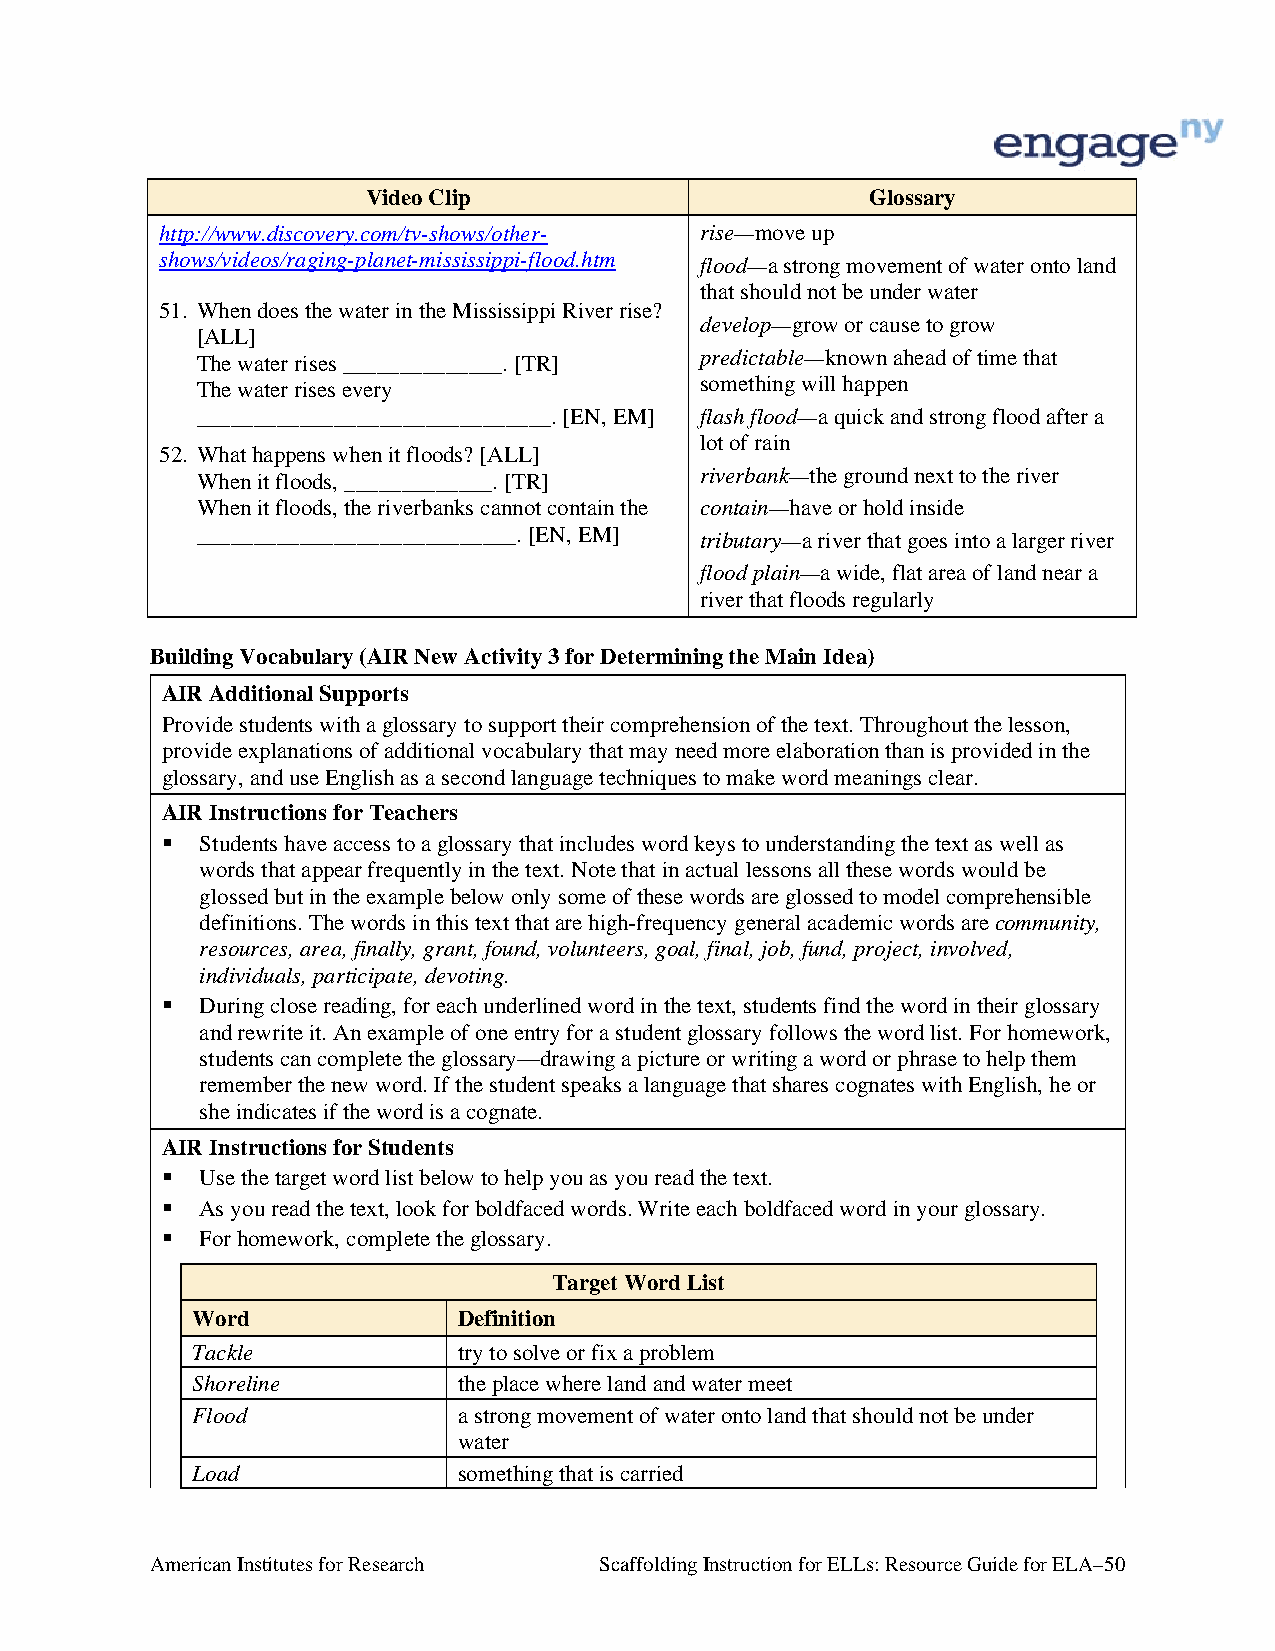
Video Clip                        Glossary
 http://www.discovery.com/tv-shows/other- rise—move up
 shows/videos/raging-planet-mississippi-flood.htm flood—a strong movement of water onto land
 that should not be under water
 51. When does the water in the Mississippi River rise?
 develop—grow or cause to grow
 [ALL]
 The water rises ______________. [TR] predictable—known ahead of time that
 The water rises every            something will happen
 _______________________________. [EN, EM] flash flood—a quick and strong flood after a
 lot of rain
 52. What happens when it floods? [ALL]
 When it floods, _____________. [TR] riverbank—the ground next to the river
 When it floods, the riverbanks cannot contain the contain—have or hold inside
 ____________________________. [EN, EM] tributary—a river that goes into a larger river
 flood plain—a wide, flat area of land near a
 river that floods regularly
 Building Vocabulary (AIR New Activity 3 for Determining the Main Idea)
 AIR Additional Supports
 Provide students with a glossary to support their comprehension of the text. Throughout the lesson,
 provide explanations of additional vocabulary that may need more elaboration than is provided in the
 glossary, and use English as a second language techniques to make word meanings clear.
 AIR Instructions for Teachers
  Students have access to a glossary that includes word keys to understanding the text as well as
 words that appear frequently in the text. Note that in actual lessons all these words would be
 glossed but in the example below only some of these words are glossed to model comprehensible
 definitions. The words in this text that are high-frequency general academic words are community,
 resources, area, finally, grant, found, volunteers, goal, final, job, fund, project, involved,
 individuals, participate, devoting.
  During close reading, for each underlined word in the text, students find the word in their glossary
 and rewrite it. An example of one entry for a student glossary follows the word list. For homework,
 students can complete the glossary—drawing a picture or writing a word or phrase to help them
 remember the new word. If the student speaks a language that shares cognates with English, he or
 she indicates if the word is a cognate.
 AIR Instructions for Students
  Use the target word list below to help you as you read the text.
  As you read the text, look for boldfaced words. Write each boldfaced word in your glossary.
  For homework, complete the glossary.
 Target Word List
 Word             Definition
 Tackle           try to solve or fix a problem
 Shoreline        the place where land and water meet
 Flood            a strong movement of water onto land that should not be under
 water
 Load             something that is carried
 American Institutes for Research Scaffolding Instruction for ELLs: Resource Guide for ELA–50